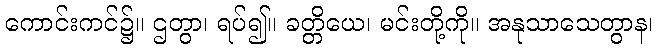
ကောင်းကင်၌။ ဌတွာ၊ ရပ်၍။ ခတ္တိယေ၊ မင်းတို့ကို။ အနုသာသေတွာန၊